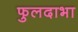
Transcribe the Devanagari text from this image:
फुलदाभा